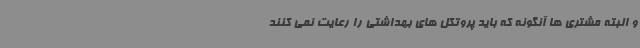
و البته مشتری ها آنگونه که باید پروتکل های بهداشتی را رعایت نمی کنند